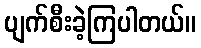
ပျက်စီးခဲ့ကြပါတယ်။